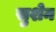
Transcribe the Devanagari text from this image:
सुशेन